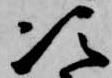
次